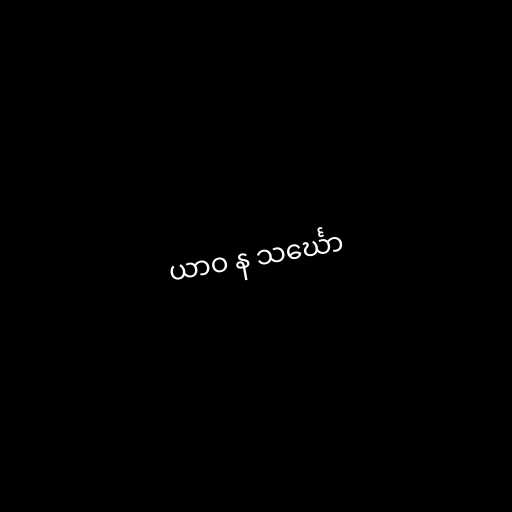
ယာဝ န သင်္ဃော